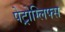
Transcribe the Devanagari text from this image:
पेट्रोग्लिफ्स